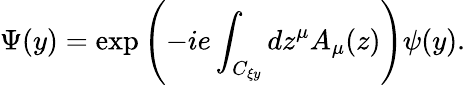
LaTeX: \Psi(y)=\exp\left({-ie\int_{C_{\xi y}}{dz^{\mu}A_{\mu}(z)}}\right)\psi(y).